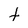
Character: t